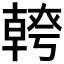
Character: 𭅪